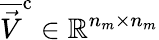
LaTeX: \overline{{\vec{V}}}^{\mathrm{c}}\in\mathbb{R}^{n_{m}\times n_{m}}